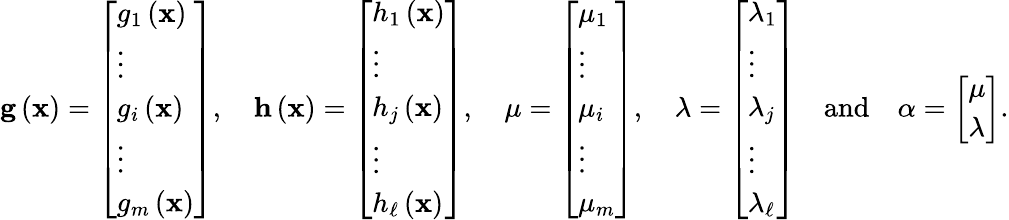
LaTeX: \mathbf{g}\left(\mathbf{x}\right)={\left[\begin{array}{l}{g_{1}\left(\mathbf{x}\right)}\\ {\vdots}\\ {g_{i}\left(\mathbf{x}\right)}\\ {\vdots}\\ {g_{m}\left(\mathbf{x}\right)}\end{array}\right]},\quad\mathbf{h}\left(\mathbf{x}\right)={\left[\begin{array}{l}{h_{1}\left(\mathbf{x}\right)}\\ {\vdots}\\ {h_{j}\left(\mathbf{x}\right)}\\ {\vdots}\\ {h_{\ell}\left(\mathbf{x}\right)}\end{array}\right]},\quad\mathbf{\mu}={\left[\begin{array}{l}{\mu_{1}}\\ {\vdots}\\ {\mu_{i}}\\ {\vdots}\\ {\mu_{m}}\end{array}\right]},\quad\mathbf{\lambda}={\left[\begin{array}{l}{\lambda_{1}}\\ {\vdots}\\ {\lambda_{j}}\\ {\vdots}\\ {\lambda_{\ell}}\end{array}\right]}\quad{\mathrm{and}}\quad\mathbf{\alpha}={\left[\begin{array}{l}{\mu}\\ {\lambda}\end{array}\right]}.